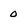
Character: 0